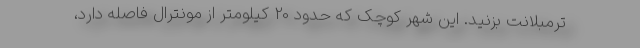
ترمبلانت بزنید. این شهر کوچک که حدود 20 کیلومتر از مونترال فاصله دارد،